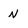
Character: N